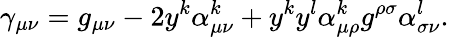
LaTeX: \gamma_{\mu\nu}=g_{\mu\nu}-2y^{k}\alpha_{\mu\nu}^{k}+y^{k}y^{l}\alpha_{\mu\rho}^{k}g^{\rho\sigma}\alpha_{\sigma\nu}^{l}.